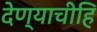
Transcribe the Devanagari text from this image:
देण्याचीहि